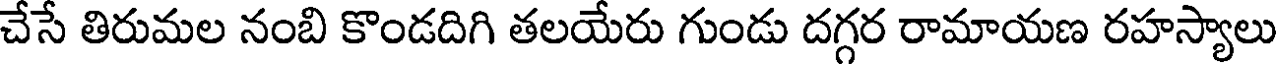
చేసే తిరుమల నంబి కొండదిగి తలయేరు గుండు దగ్గర రామాయణ రహస్యాలు